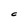
Character: C